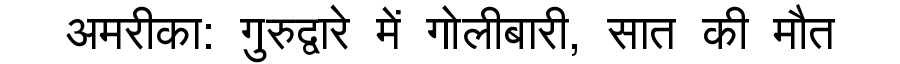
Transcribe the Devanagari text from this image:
अमरीका: गुरुद्वारे में गोलीबारी, सात की मौत